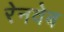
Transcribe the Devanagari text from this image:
रेनवेब